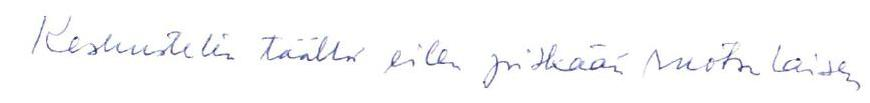
Keskustelin täällä eilen pitkään ruotsalaisen